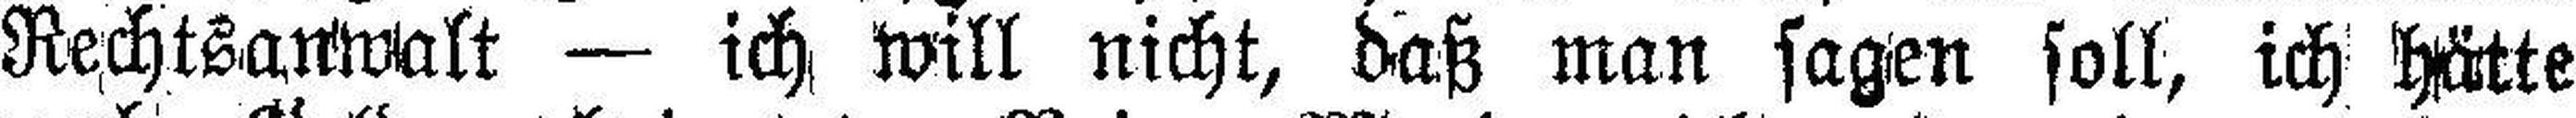
Rechtsanwalt — ich will nicht, daß man sagen soll, ich hätte